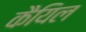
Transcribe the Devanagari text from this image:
कैयिल